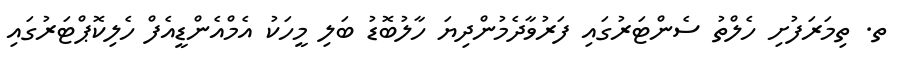
ތ. ތިމަރަފުށި ހެލްތު ސެންޓަރުގައި ފަރުވާދެމުންދިޔަ ހާލުބޮޑު ބަލި މީހަކު އެމްއެންޑީއެފް ހެލިކޮޕްޓަރުގައި